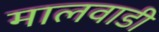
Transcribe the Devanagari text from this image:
मालवाडी